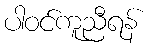
ပါဝင်ကူညီရန်